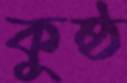
কুষ্ঠ